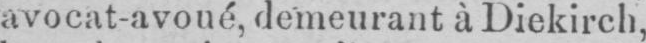
avocat-avoué, demeurant à Diekirch,